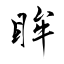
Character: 眸